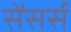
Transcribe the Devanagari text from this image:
सेंसर्स